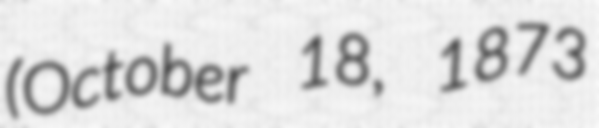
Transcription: (October 18, 1873